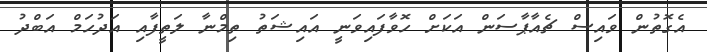
އެގޮތުން ވައިސް ޗެއާޕާސަން އަކަށް ހޮވާފައިވަނީ އައިޝަތު ތިމްނާ ލަތީފާއި އަދުހަމް އަބްދު